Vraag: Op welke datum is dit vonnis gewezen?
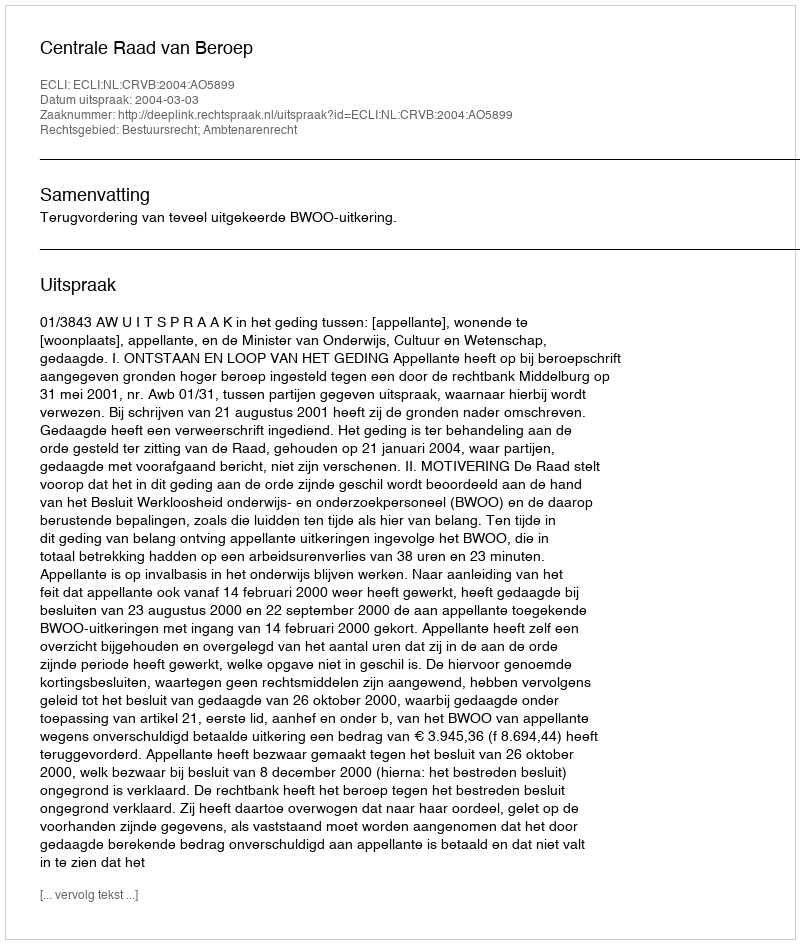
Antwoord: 2004-03-03